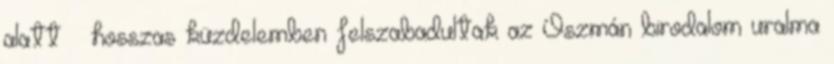
alatt – hosszas küzdelemben felszabadultak az Oszmán birodalom uralma